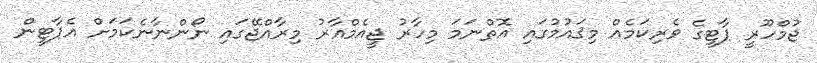
ޖުމްހޫރީ ޕާޓީގެ ވެރިކަމެއް މިޤައުމުގައި އޮތްނަމަ މިހާރު ޖީއެމްއާރު މިރާއްޖޭގައި ނޯންނާނެކަމަށް އެޕާޓީން